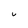
Character: u